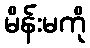
မိန်းမကို